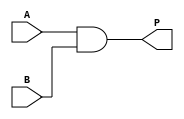
module schematic1(
	input A,
	input B,
	output P
);


and U4 (P,A, B);

endmodule